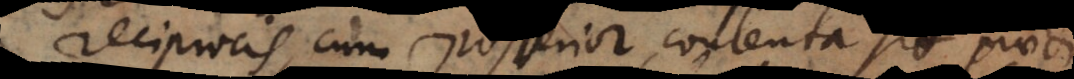
reciprocis, cum posterior contenta sit praedic